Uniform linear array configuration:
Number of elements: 64
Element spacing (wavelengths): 0.5
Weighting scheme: kaiser
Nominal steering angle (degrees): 15
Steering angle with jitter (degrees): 15.913
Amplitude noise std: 0.05
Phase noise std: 0.05

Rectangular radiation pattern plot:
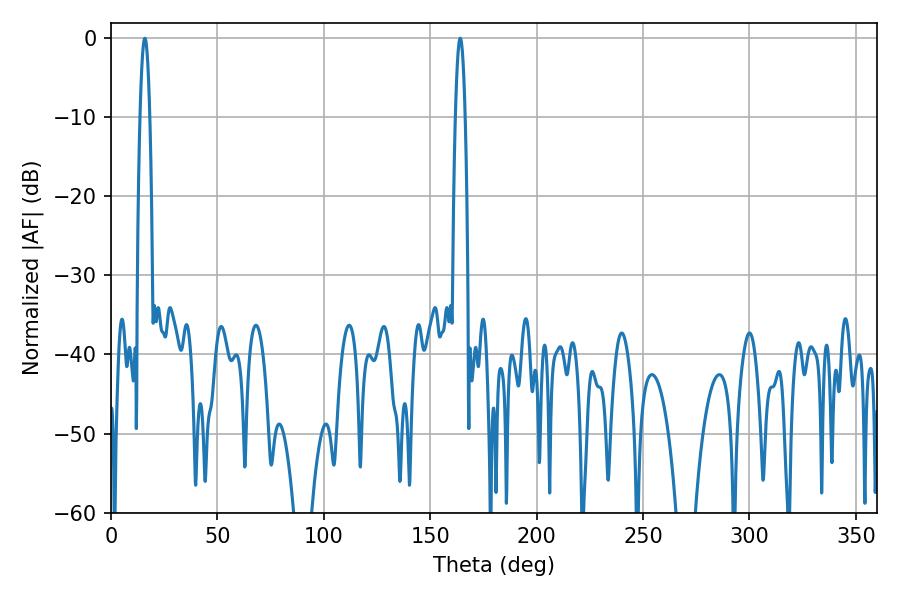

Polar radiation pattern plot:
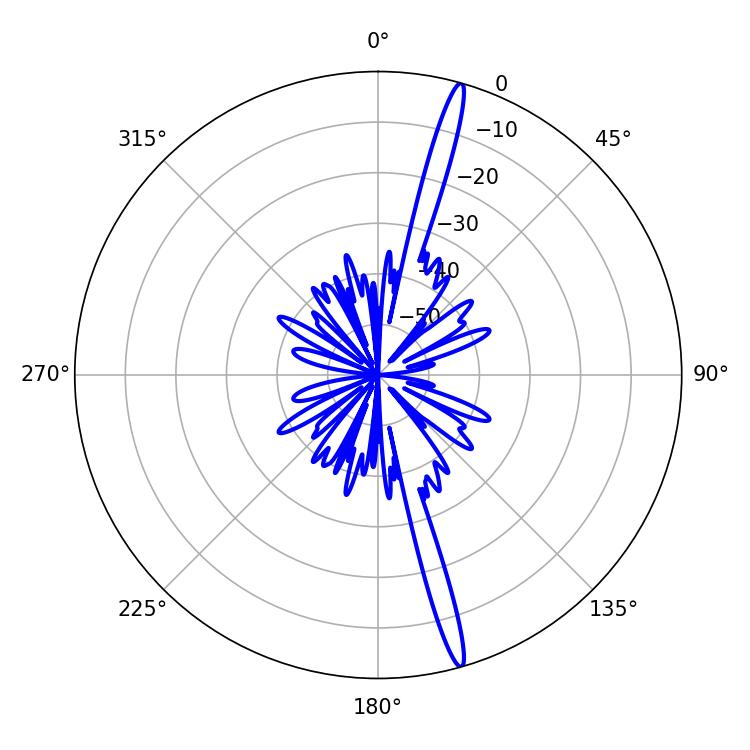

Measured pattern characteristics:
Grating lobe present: FALSE
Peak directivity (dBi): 18.782
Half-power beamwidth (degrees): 2.34
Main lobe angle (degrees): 15.84